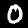
Label: 0